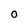
Character: O